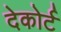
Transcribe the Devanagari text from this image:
देकोर्ट